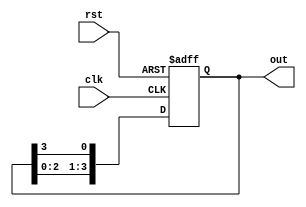
module ring_counter #(parameter N = 4) (
    input wire clk,          // Clock input
    input wire rst,          // Asynchronous reset input
    output reg [N-1:0] out   // Output representing the current state
);

// Internal variable to hold the next state
reg [N-1:0] next_state;

// Initial state configuration
initial begin
    out = 1'b1; // Start with one flip-flop set to '1'
end

// Always block for state transition
always @(posedge clk or posedge rst) begin
    if (rst) begin
        // Asynchronous reset: set to initial state
        out <= 1'b1; // Reset the counter to initial state
    end else begin
        // State transition: shift '1' to the next flip-flop
        next_state = {out[N-2:0], out[N-1]}; // Shift left
        out <= next_state; // Update the output state
    end
end

endmodule